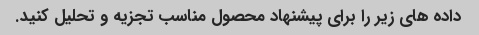
داده های زیر را برای پیشنهاد محصول مناسب تجزیه و تحلیل کنید.